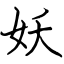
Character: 妖